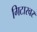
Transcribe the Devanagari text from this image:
गिटारवर